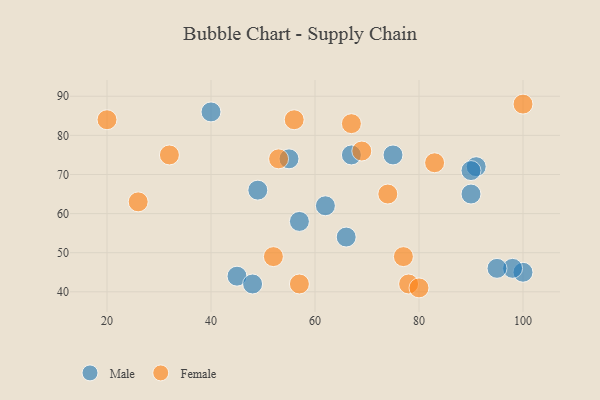
{"axis": {"x": "GDP", "y": "Life Expectancy"}, "legend": ["Female", "Male"], "data": [{"x": "49", "y": 66, "type": "Male"}, {"x": "91", "y": 72, "type": "Male"}, {"x": "67", "y": 75, "type": "Male"}, {"x": "100", "y": 45, "type": "Male"}, {"x": "98", "y": 46, "type": "Male"}, {"x": "95", "y": 46, "type": "Male"}, {"x": "90", "y": 65, "type": "Male"}, {"x": "55", "y": 74, "type": "Male"}, {"x": "40", "y": 86, "type": "Male"}, {"x": "66", "y": 54, "type": "Male"}, {"x": "45", "y": 44, "type": "Male"}, {"x": "62", "y": 62, "type": "Male"}, {"x": "48", "y": 42, "type": "Male"}, {"x": "90", "y": 71, "type": "Male"}, {"x": "57", "y": 58, "type": "Male"}, {"x": "75", "y": 75, "type": "Male"}, {"x": "69", "y": 76, "type": "Female"}, {"x": "53", "y": 74, "type": "Female"}, {"x": "83", "y": 73, "type": "Female"}, {"x": "52", "y": 49, "type": "Female"}, {"x": "20", "y": 84, "type": "Female"}, {"x": "78", "y": 42, "type": "Female"}, {"x": "77", "y": 49, "type": "Female"}, {"x": "57", "y": 42, "type": "Female"}, {"x": "26", "y": 63, "type": "Female"}, {"x": "56", "y": 84, "type": "Female"}, {"x": "74", "y": 65, "type": "Female"}, {"x": "100", "y": 88, "type": "Female"}, {"x": "32", "y": 75, "type": "Female"}, {"x": "67", "y": 83, "type": "Female"}, {"x": "80", "y": 41, "type": "Female"}]}